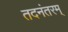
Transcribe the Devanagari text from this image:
तदनंतरम्